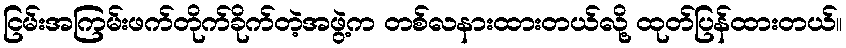
ငြမ်းအကြမ်းဖက်တိုက်ခိုက်တဲ့အဖွဲ့က တစ်လနားထားတယ်လို့ ထုတ်ပြန်ထားတယ်။